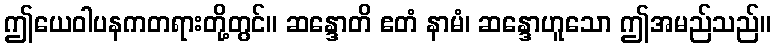
ဤယေဝါပနကတရားတို့တွင်။ ဆန္ဒောတိ ဧတံ နာမံ၊ ဆန္ဒောဟူသော ဤအမည်သည်။